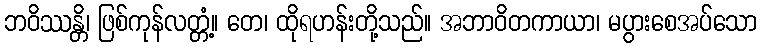
ဘဝိဿန္တိ၊ ဖြစ်ကုန်လတ္တံ့။ တေ၊ ထိုရဟန်းတို့သည်။ အဘာဝိတကာယာ၊ မပွားစေအပ်သော